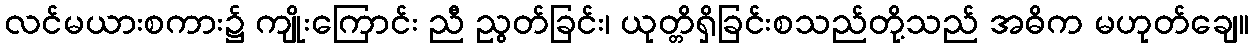
လင်မယားစကား၌ ကျိုးကြောင်း ညီ ညွတ်ခြင်း၊ ယုတ္တိရှိခြင်းစသည်တို့သည် အဓိက မဟုတ်ချေ။